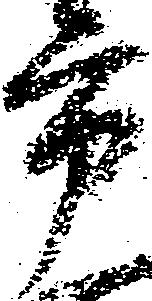
市